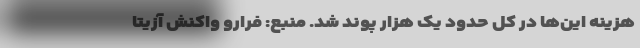
هزینه این‌ها در کل حدود یک هزار پوند شد. منبع: فرارو واکنش آزیتا